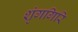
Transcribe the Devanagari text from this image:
शृंगगिरि